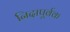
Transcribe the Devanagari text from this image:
निदापूर्वक